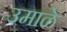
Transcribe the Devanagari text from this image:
उमाळे